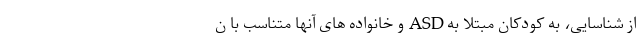
از شناسایی، به کودکان مبتلا به ASD و خانواده های آنها متناسب با ن